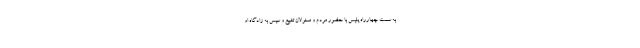
به سمت چهارراه پلیس با حضور مردم و مسئولان تشییع و سپس به زادگاه او